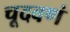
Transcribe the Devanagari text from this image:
चूदवणं